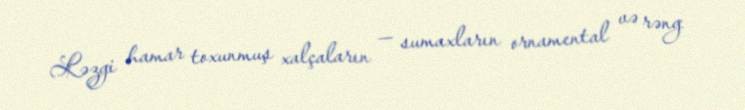
Ləzgi hamar toxunmuş xalçaların — sumaxların ornamental və rəng